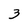
Character: 3